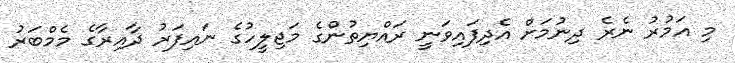
މި އަމުރު ނެރެ ދިނުމަށް އެދިފައިވަނީ ރައްޔިތުންގެ މަޖިލީހުގެ ނައިފަރު ދާއިރާގެ މެމްބަރު